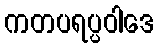
ကတပရပ္ပဝါဒေ